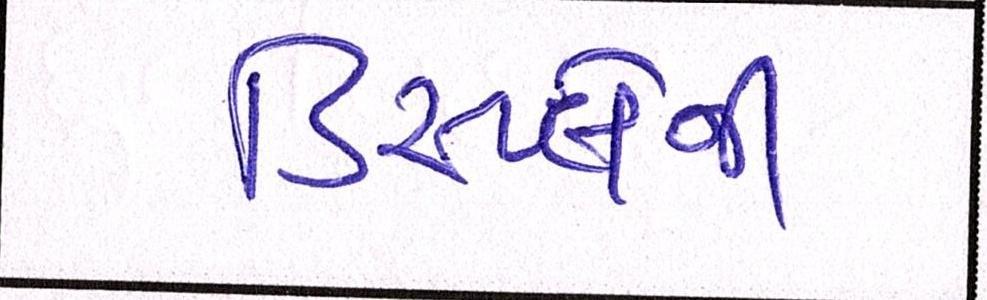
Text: ડિસ્પ્લેની